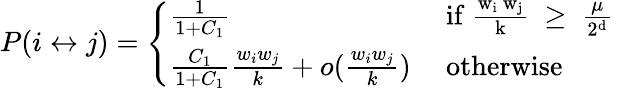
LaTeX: P(i\leftrightarrow j)=\left\{ \begin{array}{ll}{\frac{1}{1+C_{1}}}&{\mathrm{~if~\frac{w_i~w_j}{k}~\geq~\frac{\mu}{2^d}~}}\\ {\frac{C_{1}}{1+C_{1}}\frac{w_{i}w_{j}}{k}+o(\frac{w_{i}w_{j}}{k})}&{\mathrm{~otherwise}}\end{array}\right.